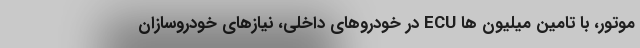
موتور، با تامین میلیون ها ECU در خودروهای داخلی، نیازهای خودروسازان